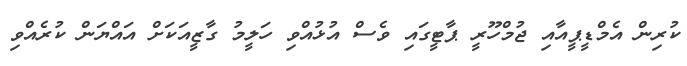
ކުރިން އެމްޑީޕީއާއި ޖުމްހޫރީ ޕާޓީގައި ވެސް އުޅުއްވި ހަލީމު ގާޒީއަކަށް އައްޔަން ކުރެއްވި